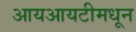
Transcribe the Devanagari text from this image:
आयआयटीमधून